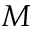
M